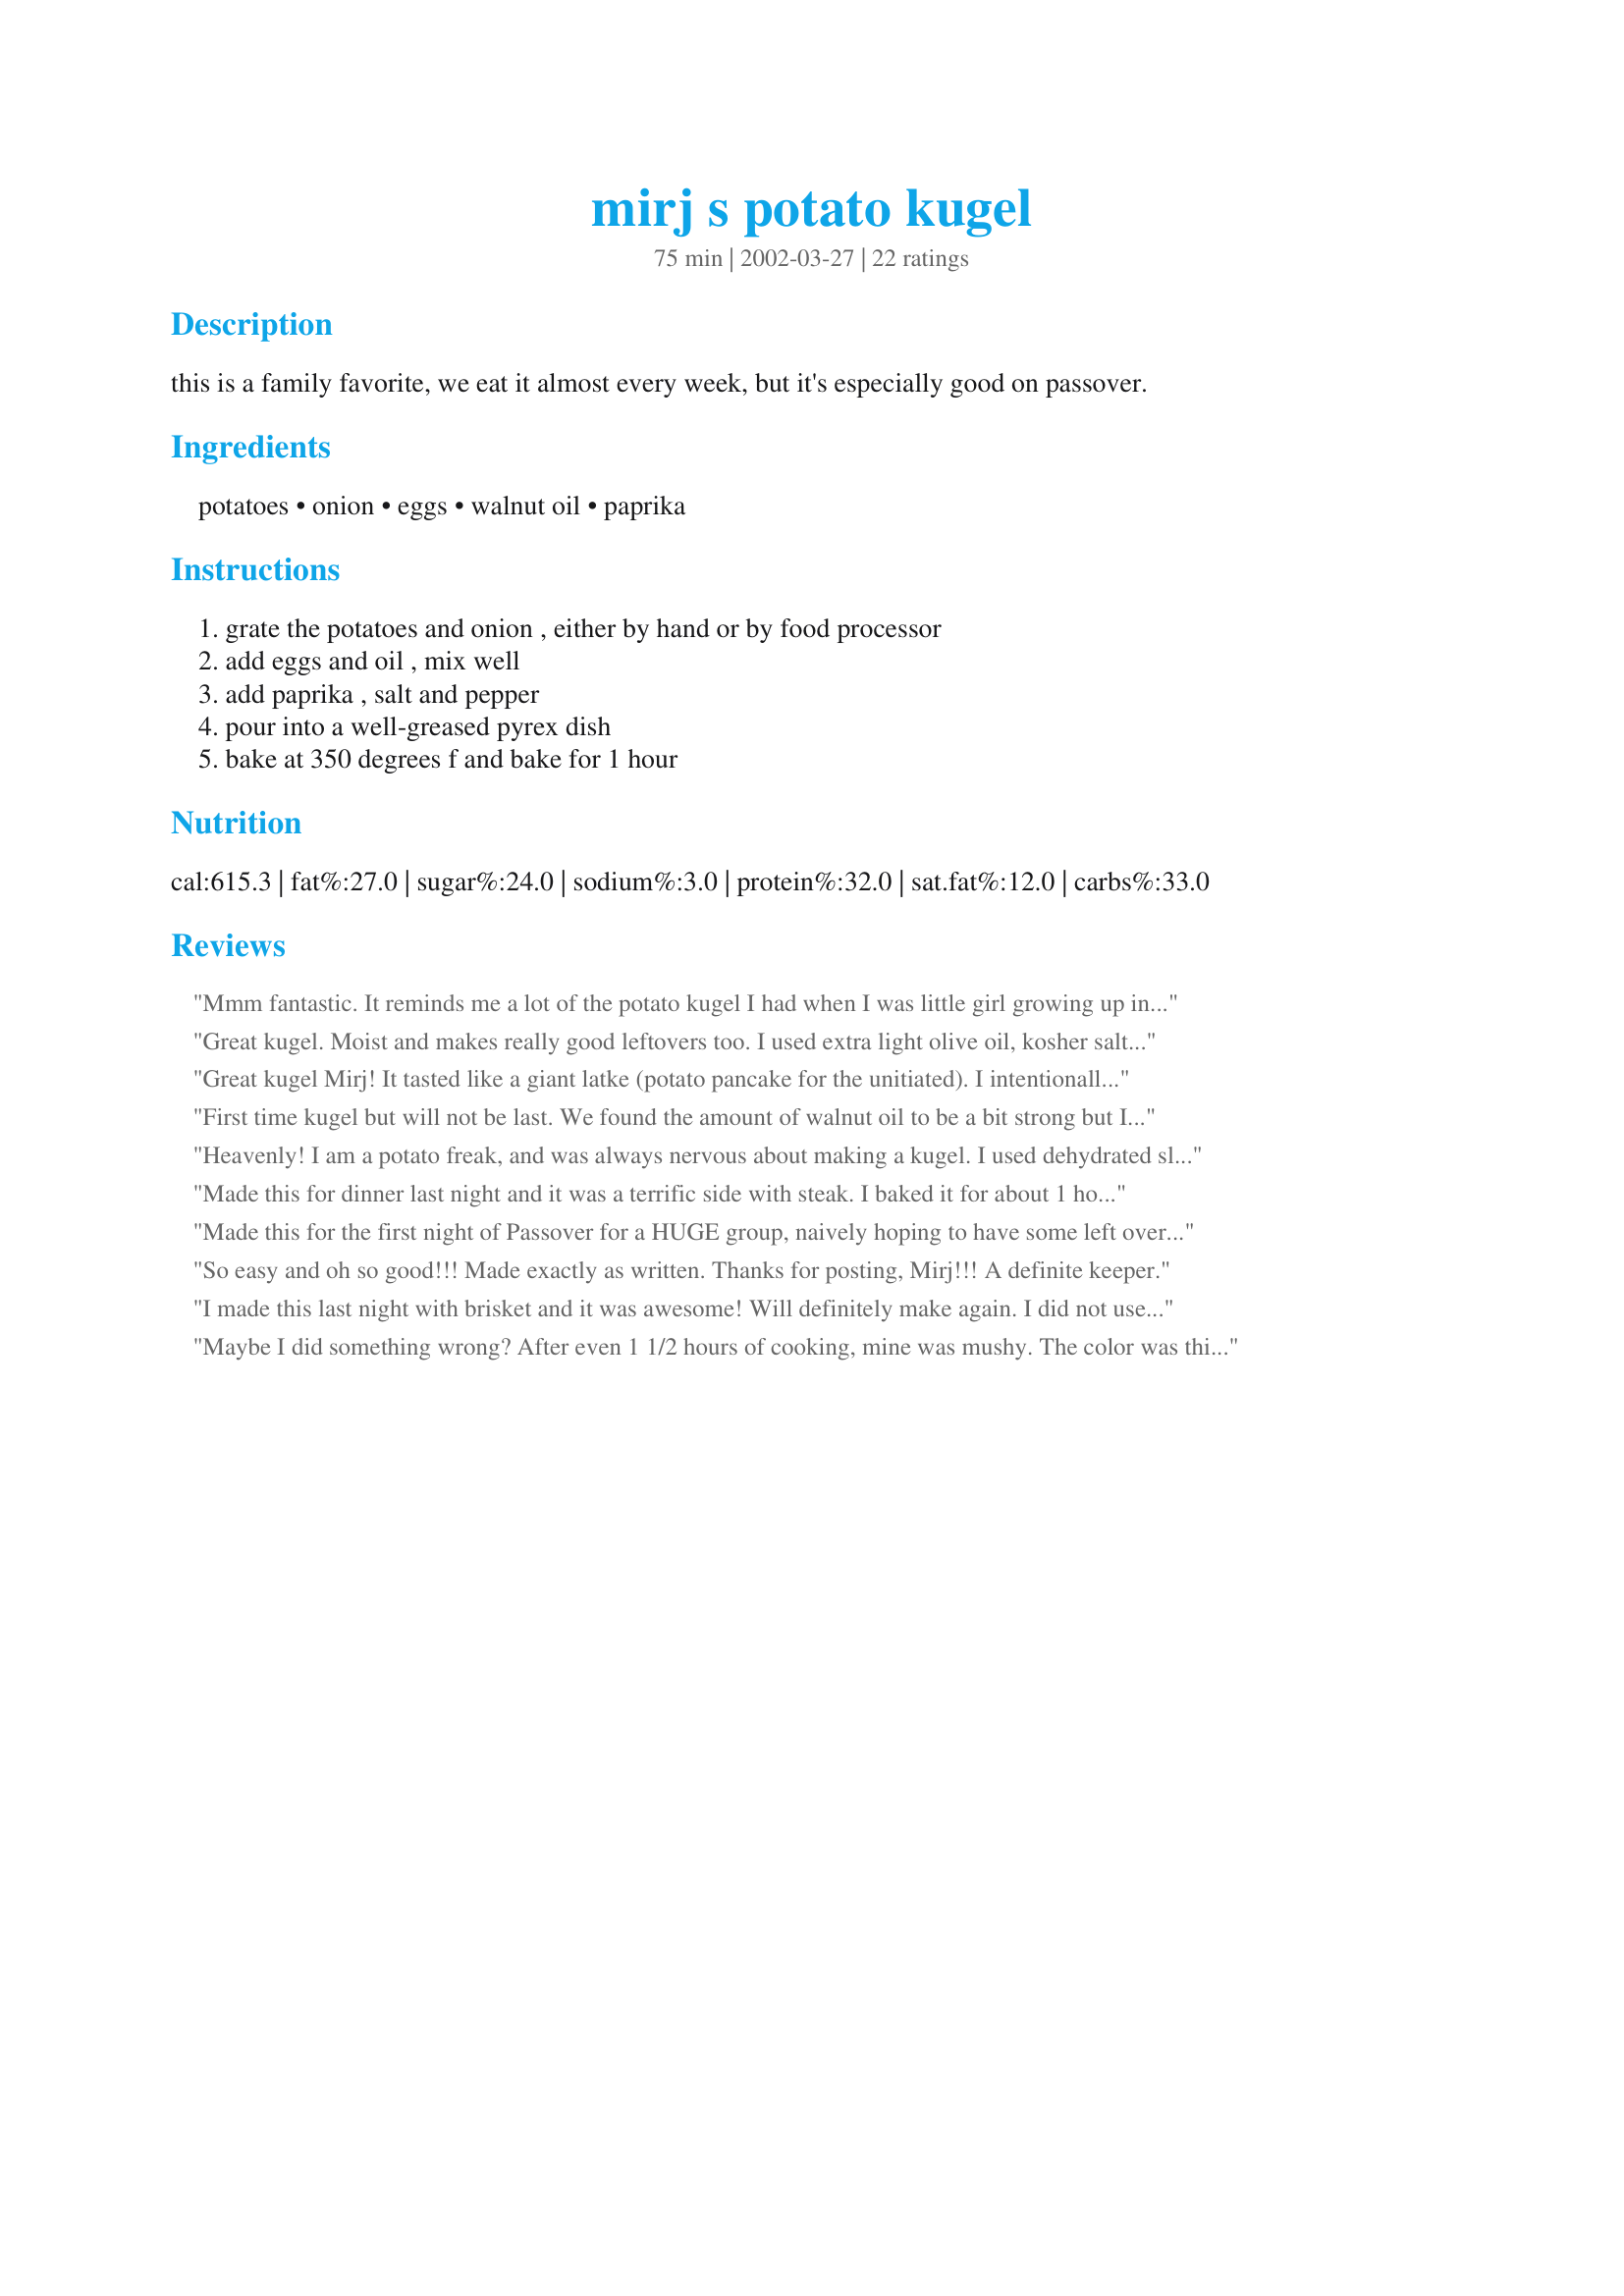
mirj s potato kugel
Preparation time: 75 minutes

this is a family favorite, we eat it almost every week, but it's especially good on passover.

Ingredients:
potatoes, onion, eggs, walnut oil, paprika

Steps:
grate the potatoes and onion , either by hand or by food processor, add eggs and oil , mix well, add paprika , salt and pepper, pour into a well-greased pyrex dish, bake at 350 degrees f and bake for 1 hour

Reviews:
Mmm fantastic. It reminds me a lot of the potato kugel I had when I was little girl growing up in a Galician household-- only I think this version is even better! I made a half batch using 3 idaho potatoes, a small red onion, 2 TB olive oil, 1 egg, and 3/4 tsp sea salt with 1/4 tsp each of black pepper and smoked paprika then baked at 350 for an hour in a glass pie plate. The texture is wonderful, I recommend leaving the skins on the potatoes. I'd like to try it again with red potatoes and the addition of garlic cloves and fresh parsley for a twist. A keeper for sure!
Great kugel. Moist and makes really good leftovers too. I used extra light olive oil, kosher salt (about 1 tsp) and cracked fresh pepper. Skipped the paprika. Made a double batch for Passover. A single batch made a very full 9x13 dish, easily serving 12-16 people a single serving. Also grated everything in the food processor, skins included. My only challenge is working fast enough to keep the potatoes from getting a grayish hue from the air before I got the eggs and oil mixed in.
Great kugel Mirj! It tasted like a giant latke (potato pancake for the unitiated). I intentionally oversalted the raw mixture which resulted in a perfect, flavourful kugel. I will make this again one day for my kugel loving brother. Thanks
First time kugel but will not be last. We found the amount of walnut oil to be a bit strong but I suspect that that is brand not recipe - next time will substitute some olive oil. Also will be trying another reviewer's idea of adding some garlic. Thanks Mirj
Heavenly! I am a potato freak, and was always nervous about making a kugel. I used dehydrated sliced onions, and hand-grated unpeeled potatoes for nutrients. The color was a bit odd, since my potatoes turned red before I could finish grating them. But, the taste was fantastic! I will definitely make this again and again. Thanks for a tasty dish!
Made this for dinner last night and it was a terrific side with steak. I baked it for about 1 hour 20 minutes, the one hour was just not enough in my oven. I would add more salt and pepper next time. It does indeed remind me of potato pancakes and as a matter of fact we used the leftovers the next morning in place of hash browns with our eggs. Very good that way with a little sour cream. Thanks for sharing Mirj!
Made this for the first night of Passover for a HUGE group, naively hoping to have some left over for the coming week, it was simply devoured. It was extremely easy to make and delicious, I used white potatoes, well scrubbed, and grated them with the skins on as Mirj suggested. BIG HIT and definitely a keeper.
So easy and oh so good!!! Made exactly as written. Thanks for posting, Mirj!!! A definite keeper.
I made this last night with brisket and it was awesome! Will definitely make again. I did not use paprika and salted heavily along with alot of pepper.
Maybe I did something wrong? After even 1 1/2 hours of cooking, mine was mushy. The color was this purple/grey- that the kids refused to even consider. My husband and I treated it liked mashed potatoes and put on butter and cheese. The taste was good, but the color and texture were a problem. I used skin on, red potatoes and baked uncovered.
Absolutely delicious. Grated the potatoes and onion by hand which took some time but well worth it.
We love this! I could eat it every day! Thanks for sharing! I lost my recipe and this is almost identical to it. Next time I will have to try it with skins on.
I tried this out and it was a flop for me. Very bland. I took the kugel and fried it up in a pan with some parmesian and ricotta which salvaged it for my dinner. I would not make this again.
I can see why you would have this often! It is so simple to make and very tasty. I will certainly make this again and will try it with some cheddar on top too. I made it as a side dish for brunch. It disappeared in a hurry. Kugels are fairly new to me so I am happy I started out with the expert Thanks Mirjam
I agree..tastes just like potatoe pancakes without the hassle. Great kugel Mirj, thanks!
This was so good .. I spent a lot of time grating by hand though ... I didnt add enough paprika and salt, but it was still good .. thanks :)
I added a few herbs and spices; served with a lentil hotpot and your Israeli Spinach Fritters, it was a yummy treat.
Very good basic kugel that was easy to whip up as a nice side dish with ingredients I had on hand. Next time I will be sure to go much heavier on the seasonings, as my usual amount for a "season to taste" dish was nowhere near enough.
This was easy and really yummy! The only "bad" thing was that my first batch was eaten up so quickly I'm now on batch #2!
I can see why you make it almost every week. Very good basic kugel. Grated the potatoes and onion by hand and as my nails were already very short we did not get any "extra" ingredients.
Used 1 1/2 teaspoon salt and about 1/2 teaspoon pepper and-used 4 cloves garlic (did I ever mention that we love garlic?!) which I also grated.
Hubby, not a kugel-fan, said, hmmm, not bad, not bad at all, and believe me, that is a compliment.
Will certainly make again and play around with the seasoning.
Thanks for posting.
Thanks mirj!
Having never made a kugel before, the thought that it was going to be difficult was looming over me...then I found this recipe. What could be easier??? And it was tasty too! Quick to put together and yes, I even picked out the grated fingernails. So glad I tried this...and thanks for being so patient with the history lesson, mirj! ;)
